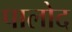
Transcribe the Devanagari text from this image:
पालोद